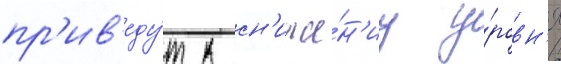
пр'ив'еду́т к сн'иже́н'иу у́ровн'я